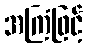
အကြံဖြင့်